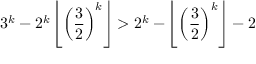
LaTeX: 3 ^ { k } - 2 ^ { k } \left\lfloor \left( { \frac { 3 } { 2 } } \right) ^ { k } \right\rfloor > 2 ^ { k } - \left\lfloor \left( { \frac { 3 } { 2 } } \right) ^ { k } \right\rfloor - 2